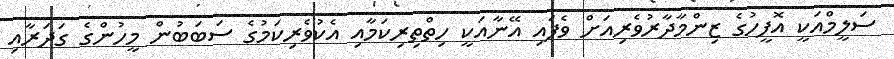
ސަލީމްއަކީ އޮފީހުގެ ޒިންމާދާރުވެރިއަށް ވެފައި އޭނާއަކީ ހިތްތިރިކަމާއި އެކުވެރިކަމުގެ ސަބަބުން މީހުންގެ ގަަދަރާއި